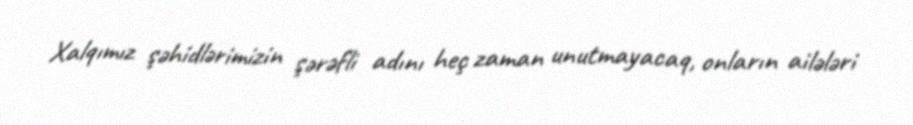
Xalqımız şəhidlərimizin şərəfli adını heç zaman unutmayacaq, onların ailələri